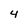
Character: 4